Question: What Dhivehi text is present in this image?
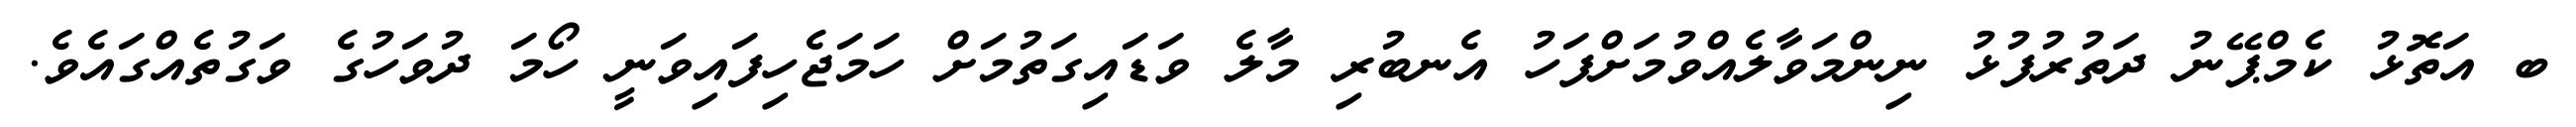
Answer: ބ އަތޮޅު ކެމްޕޭނު ދަތުރުފުޅު ނިންމަވާލެއްވުމަށްފަހު އެނބުރި މާލެ ވަޑައިގަތުމަށް ހަމަޖެހިފައިވަނީ ހޯމަ ދުވަހުގެ ވަގުތެއްގައެވެ.